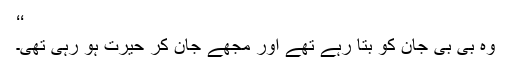
‘‘
وہ بی بی جان کو بتا رہے تھے اور مجھے جان کر حیرت ہو رہی تھی۔